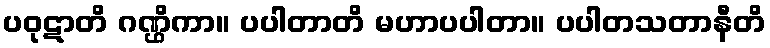
ပဝုဋာတိ ဂဏ္ဌိကာ။ ပပါတာတိ မဟာပပါတာ။ ပပါတသတာနီတိ